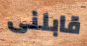
قابلنى